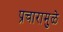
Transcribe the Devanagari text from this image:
प्रचारामुळे